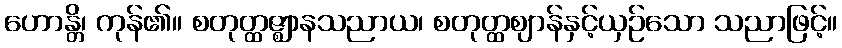
ဟောန္တိ၊ ကုန်၏။ စတုတ္ထဇ္ဈာနသညာယ၊ စတုတ္ထဈာန်နှင့်ယှဉ်သော သညာဖြင့်။